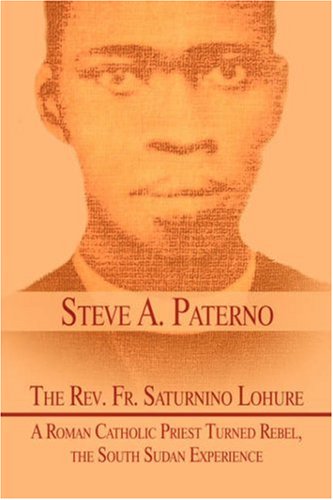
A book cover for The Rev. Fr. Saturnino Lohure: A Roman Catholic Priest Turned Rebel, the South Sudan Experience; Steve A. Paterno; History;